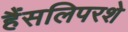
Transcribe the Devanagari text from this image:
हैंसलिपरशे